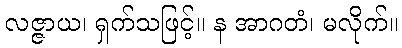
လဇ္ဇာယ၊ ရှက်သဖြင့်။ န အာဂတံ၊ မလိုက်။